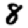
Digit: 8